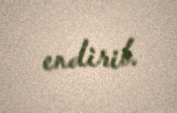
endirib.